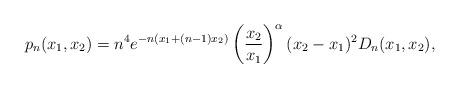
LaTeX: \begin{align*}p_{n}(x_{1},x_{2}) = n^{4}e^{-n(x_{1}+(n-1)x_{2})}\left( \frac{x_{2}}{x_{1}} \right)^{\alpha} (x_{2}-x_{1})^{2} D_{n}(x_{1},x_{2}),\end{align*}